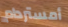
أمستردام